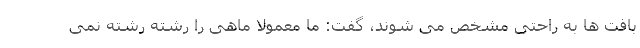
بافت ها به راحتی مشخص می شوند، گفت: ما معمولا ماهی را رشته رشته نمی